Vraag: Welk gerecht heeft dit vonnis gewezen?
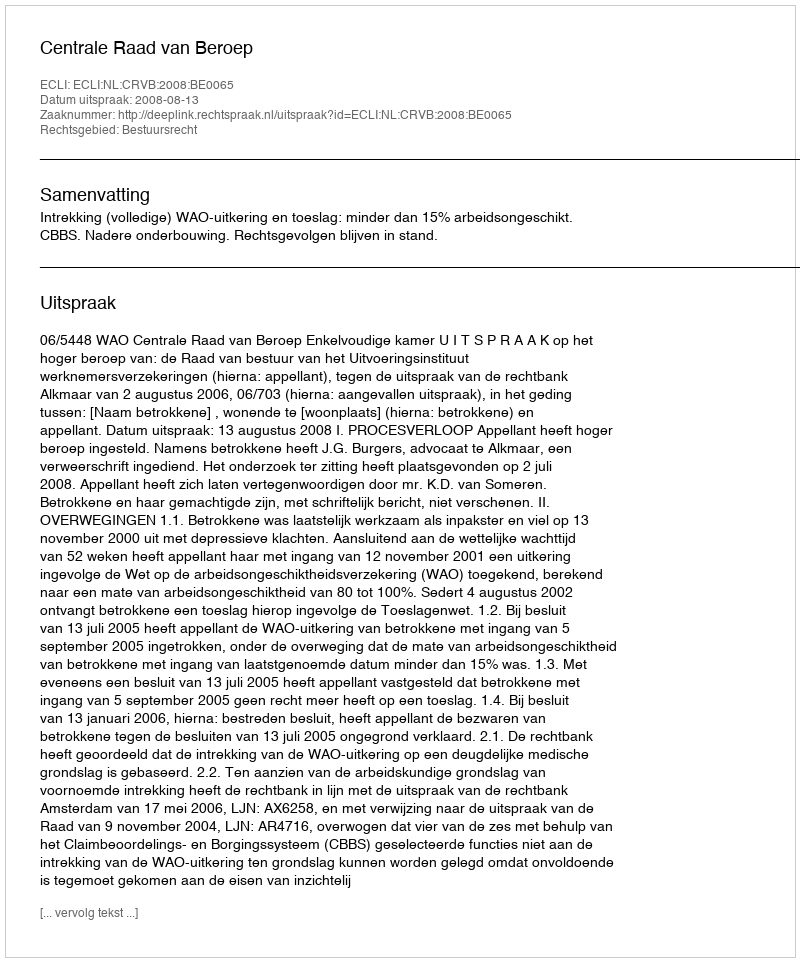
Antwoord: Centrale Raad van Beroep